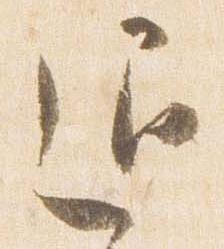
退